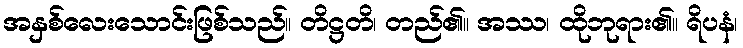
အနှစ်လေးသောင်းဖြစ်သည်။ တိဋ္ဌတိ၊ တည်၏။ အဿ၊ ထိုဘုရား၏။ ရိပနံ၊